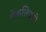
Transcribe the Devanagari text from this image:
मैकलिएवी